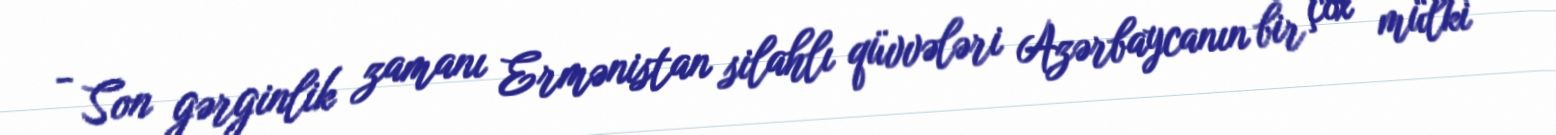
- Son gərginlik zamanı Ermənistan silahlı qüvvələri Azərbaycanın bir çox mülki